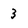
Character: 3